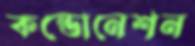
কন্ডোনেশন